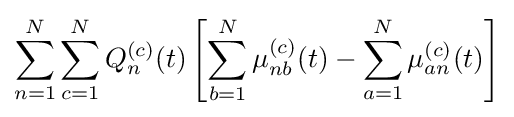
\sum _{n=1}^{N}\sum _{c=1}^{N}Q_{n}^{(c)}(t)\left[\sum _{b=1}^{N}\mu _{nb}^{(c)}(t)-\sum _{a=1}^{N}\mu _{an}^{(c)}(t)\right]